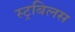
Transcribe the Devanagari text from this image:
स्ट्रबिलस